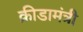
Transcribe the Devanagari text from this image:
क्रीडामंत्री